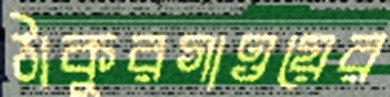
ঠাকুরগাওয়ের